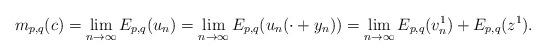
LaTeX: \begin{align*}m_{p,q}(c)=\lim\limits_{n\rightarrow\infty}E_{p,q}(u_{n})=\lim\limits_{n\rightarrow\infty}E_{p,q}(u_{n}(\cdot+y_{n}))=\lim\limits_{n\rightarrow\infty}E_{p,q}(v_{n}^{1})+E_{p,q}(z^{1}).\end{align*}